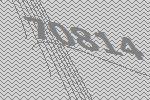
70814